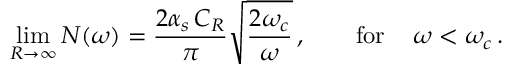
\operatorname * { l i m } _ { R \to \infty } N ( \omega ) = \frac { 2 \alpha _ { s } \, C _ { R } } { \pi } \sqrt { \frac { 2 \omega _ { c } } { \omega } } \, , \qquad \mathrm { f o r } \, \quad \omega < \omega _ { c } \, .